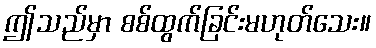
ဤသည်မှာ စစ်ထွက်ခြင်းမဟုတ်သေး။